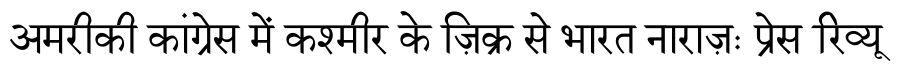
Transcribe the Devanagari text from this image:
अमरीकी कांग्रेस में कश्मीर के ज़िक्र से भारत नाराज़ः प्रेस रिव्यू